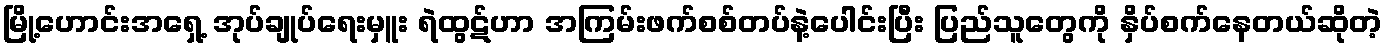
မြို့ဟောင်းအရှေ့ အုပ်ချုပ်ရေးမှူး ရဲထွဋ်ဟာ အကြမ်းဖက်စစ်တပ်နဲ့ပေါင်းပြီး ပြည်သူတွေကို နှိပ်စက်နေတယ်ဆိုတဲ့